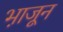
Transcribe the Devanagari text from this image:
भा़जून